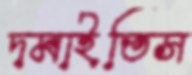
দমাইতিস